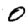
Digit: 0